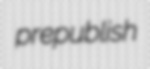
prepublish